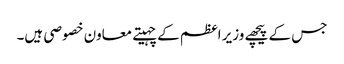
جس کے پیچھے وزیر اعظم کے چہیتے معاون خصوصی ہیں۔